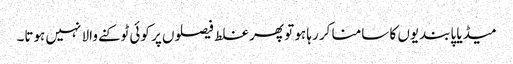
میڈیا پابندیوں کا سامنا کر رہا ہو تو پھر غلط فیصلوں پر کوئی ٹوکنے والا نہیں ہوتا۔